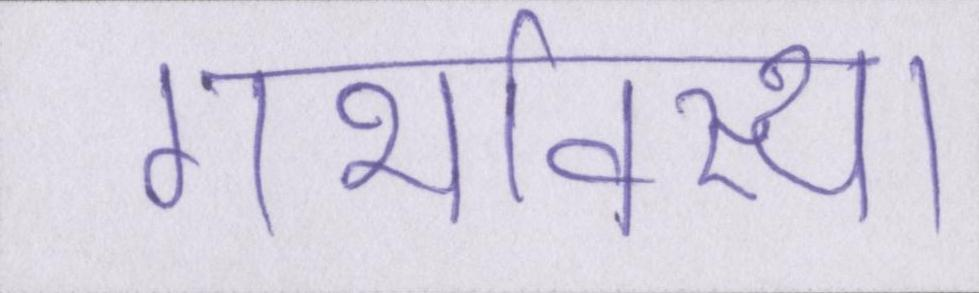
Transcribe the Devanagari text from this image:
गर्भावस्था